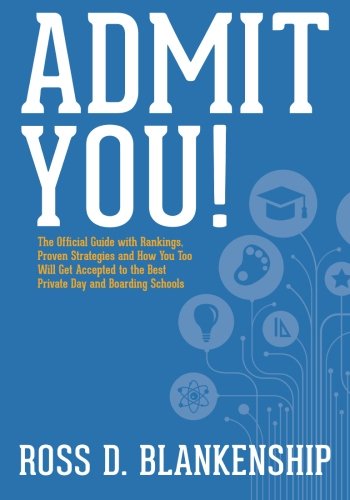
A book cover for Admit You!: The Official Guide with Rankings, Proven Strategies and How You Too Will Get Accepted to the Best Private Day and Boarding Schools; Ross D. Blankenship; Test Preparation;